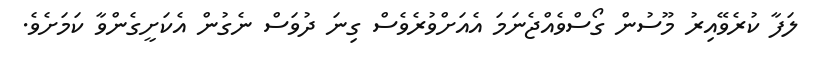
ލަފާ ކުރެވޭއިރު މޫސުން ގޯސްވެއްޖެނަމަ އެއަށްވުރެވެސް ގިނަ ދުވަސް ނެގުން އެކަށީގެންވާ ކަމަށެވެ.